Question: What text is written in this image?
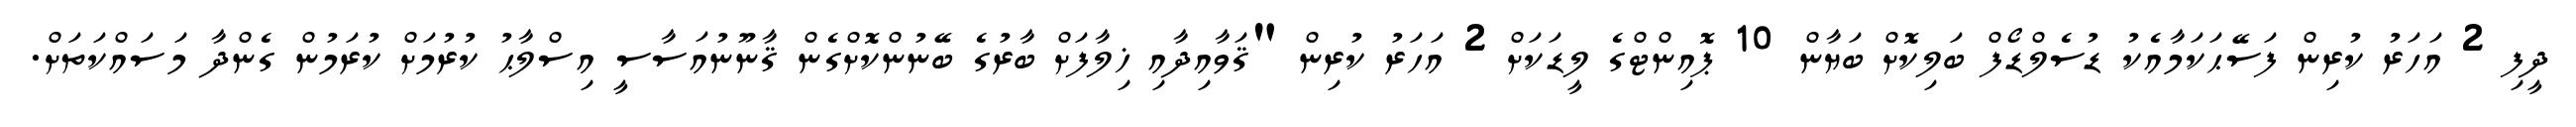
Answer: ދީފި 2 އަހަރު ކުރިން ފަސޭޙަކަމާއެކު ޑުސެލްޑޯފް ބަލިކޮށް ބަޔާން 10 ޕޮއިންޓްގެ ލީޑަކަށް 2 އަހަރު ކުރިން "ޤަވާއިދާއި ޚިލާފަށް ބާރުގެ ބޭނުންކޮށްގެން ޤާނޫނުއަސާސީ އިސްލާޙު ކުރުމަށް ކުރަމުން ގެންދާ މަސައްކަތަށް.